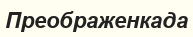
Преображенкада